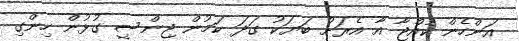
އަންހެން ކުއްޖާ އާ އެރަށު ބަޔަކު ގަދަ ކަމުން ޖިންސީ ގުޅުން ހިންގި